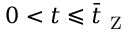
0 < t \leqslant \bar { t } _ { \mathrm { ~ Z ~ } }